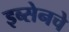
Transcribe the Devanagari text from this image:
इब्सेनचे